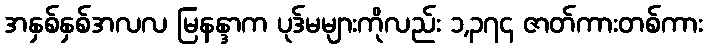
အနှစ်နှစ်အလလ မြနန္ဒာက ပုဒ်မများကိုလည်း ၁,၃၇၄ ဇာတ်ကားတစ်ကား